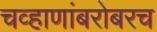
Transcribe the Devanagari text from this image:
चव्हाणांबरोबरच